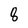
Character: 8